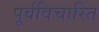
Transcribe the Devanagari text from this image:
पूर्वविचारित